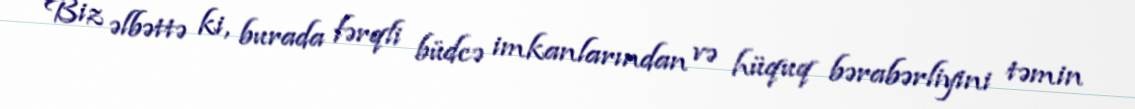
Biz əlbəttə ki, burada fərqli büdcə imkanlarından və hüquq bərabərliyini təmin